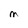
Character: M